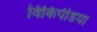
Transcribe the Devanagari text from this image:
विकिपीडया